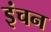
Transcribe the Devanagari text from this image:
इंचन